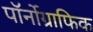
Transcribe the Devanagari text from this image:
पॉर्नोग्राफिक